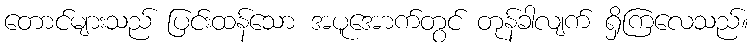
တောင်များသည် ပြင်းထန်သော အပူအောက်တွင် တုန်ခါလျက် ရှိကြလေသည်။